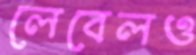
লেবেলও